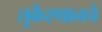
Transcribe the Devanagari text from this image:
तुर्कस्थानचे